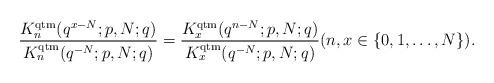
LaTeX: \begin{align*}\frac{K_n^{\rm qtm}(q^{x-N};p,N;q)}{K_n^{\rm qtm}(q^{-N};p,N;q)}=\frac{K_x^{\rm qtm}(q^{n-N};p,N;q)}{K_x^{\rm qtm}(q^{-N};p,N;q)}(n,x\in\{0,1,\ldots,N\}).\end{align*}